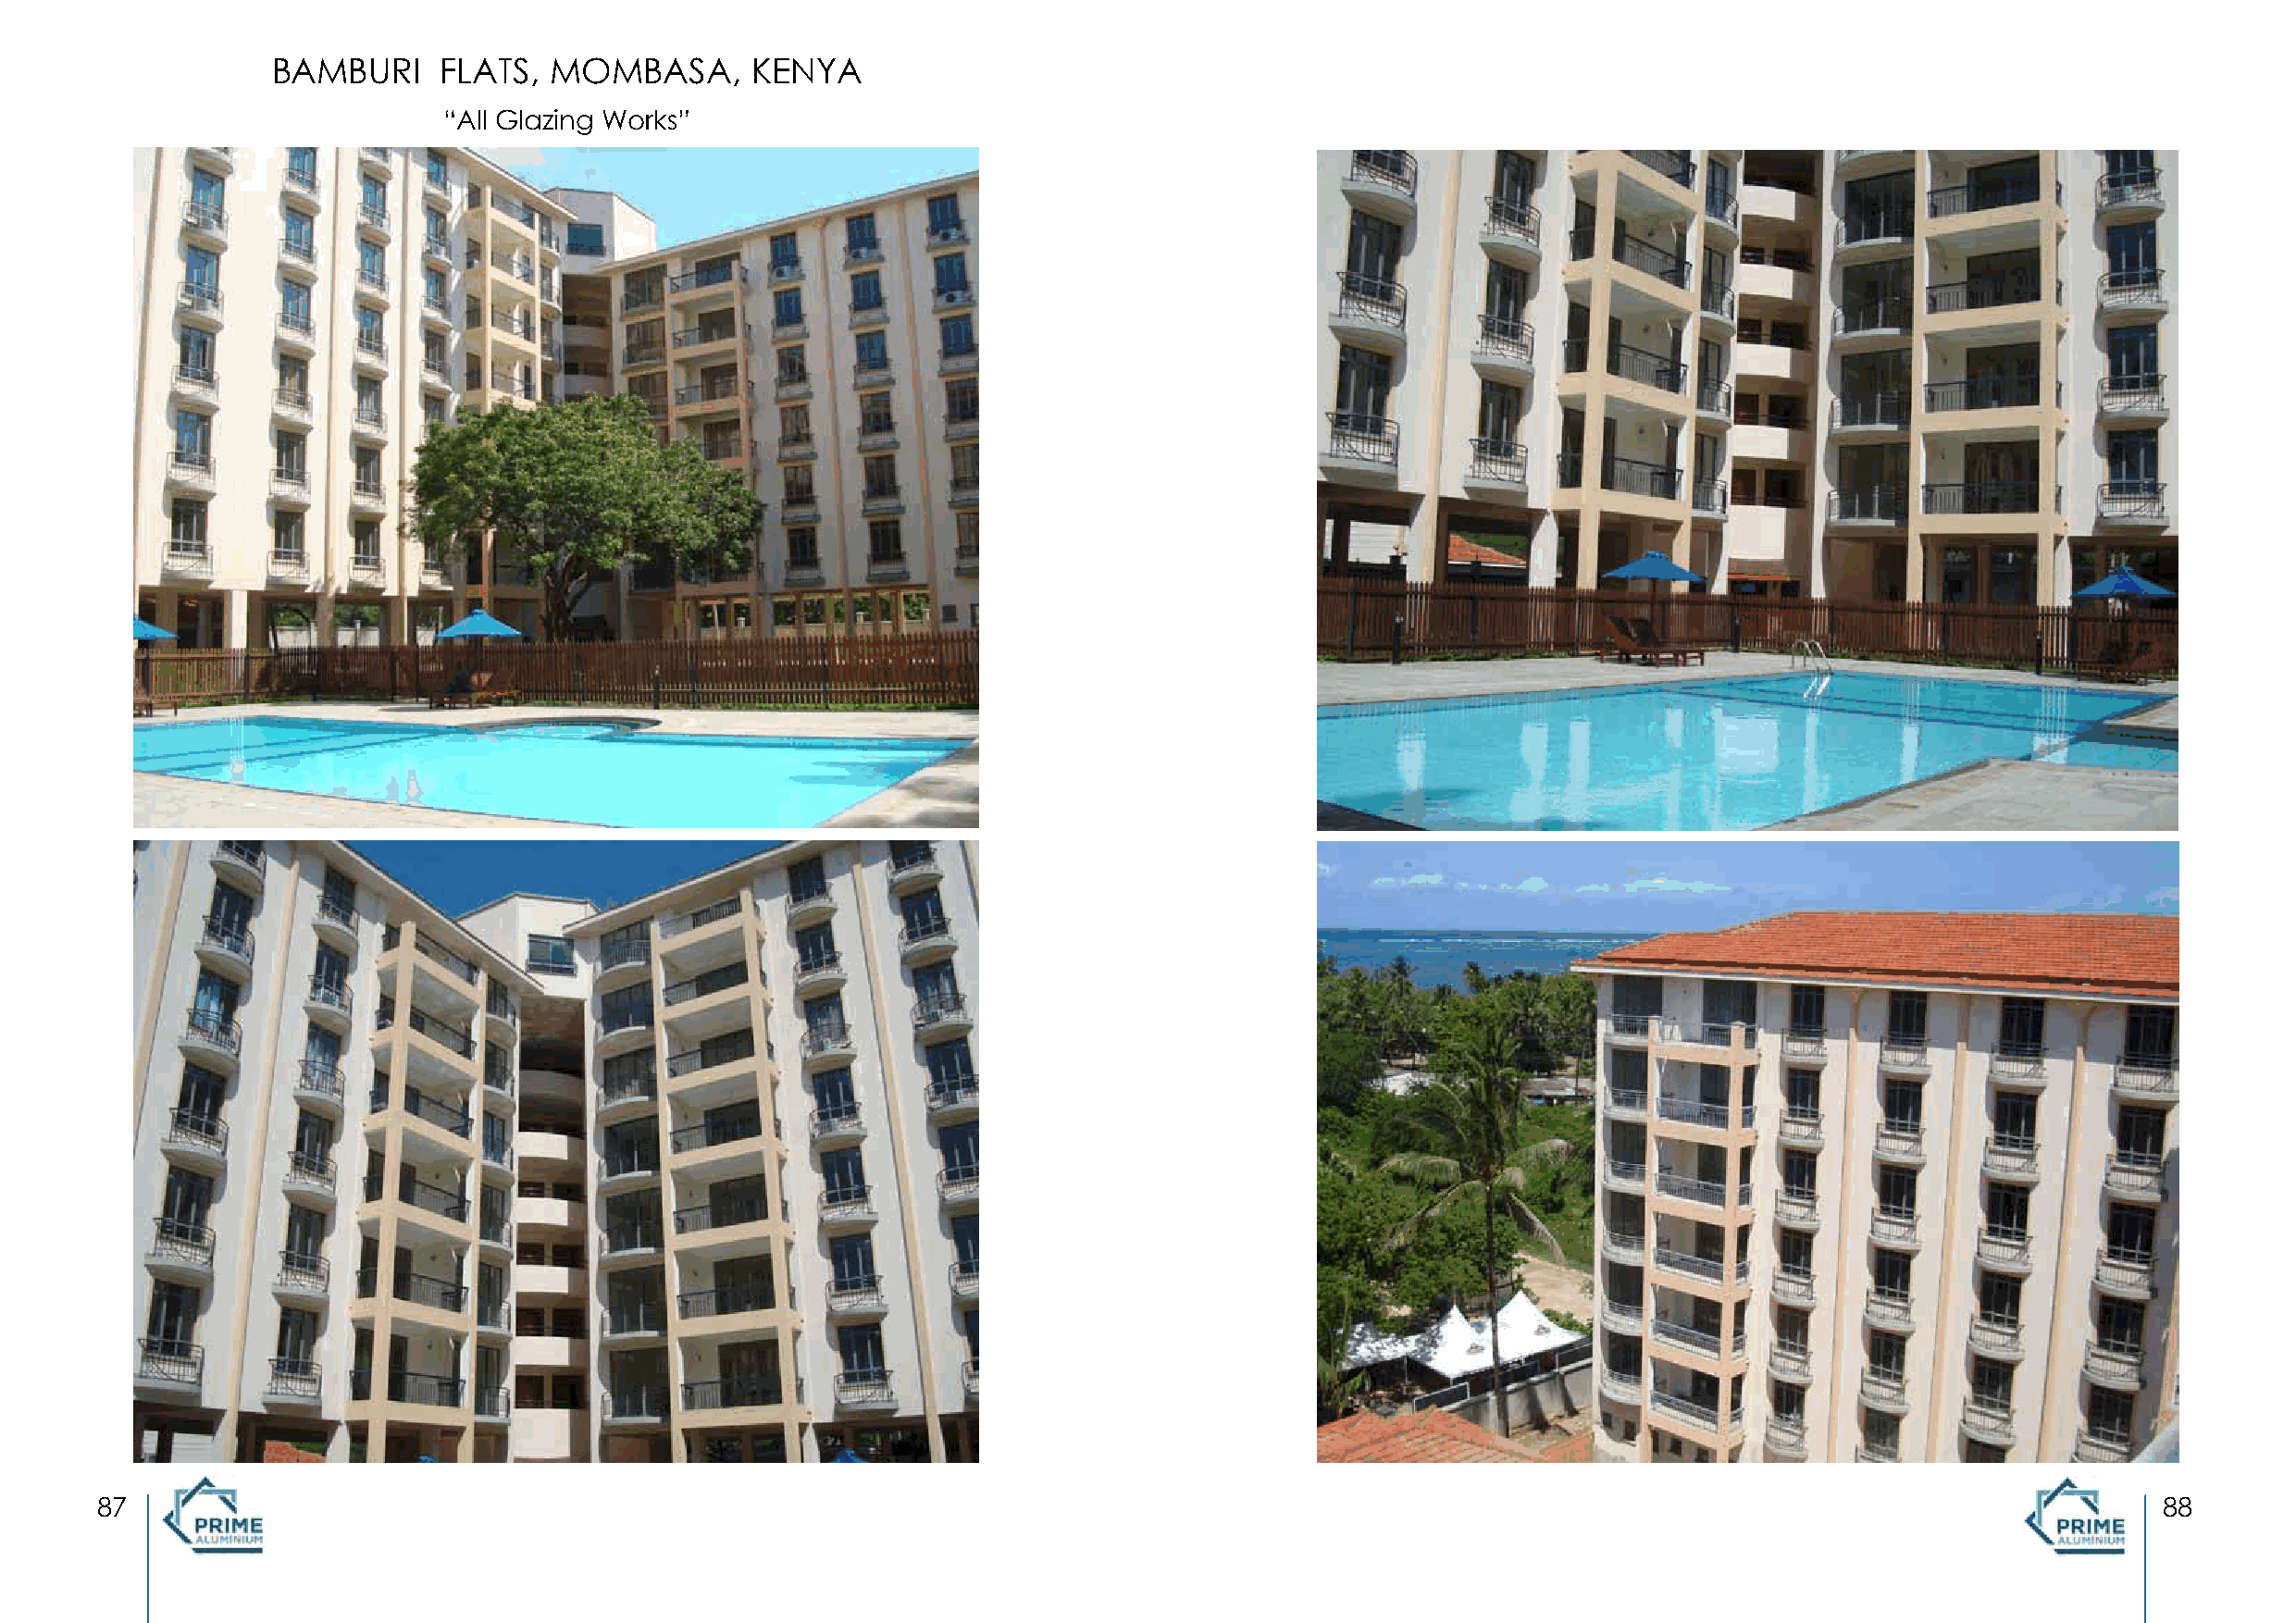
BAMBURI     FLATS,  MOMBASA,       KENYA
 “All Glazing Works”
 87                                                                                                                                                  88